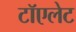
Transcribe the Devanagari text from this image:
टॉएलेट